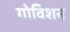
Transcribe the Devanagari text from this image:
गोविशन